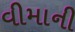
વીમાની